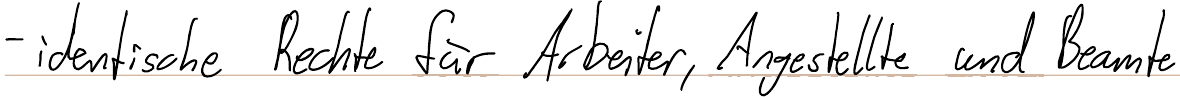
- identische Rechte für Arbeiter, Angestellte und Beamte